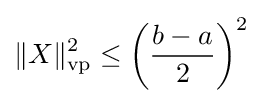
\Vert X\Vert _{\mathrm {vp} }^{2}\leq \left({\frac {b-a}{2}}\right)^{2}